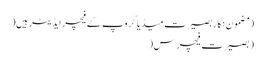
(مضمون نگار بصیرت میڈیاگروپ کے فیچر ایڈیٹر ہیں(
(بصیرت فیچرس(